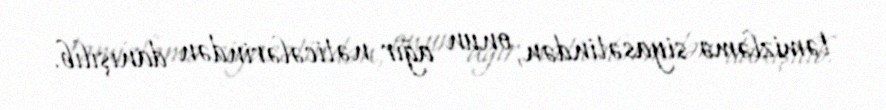
təmizləmə siyasətindən, onun ağır nəticələrindən danışılıb.